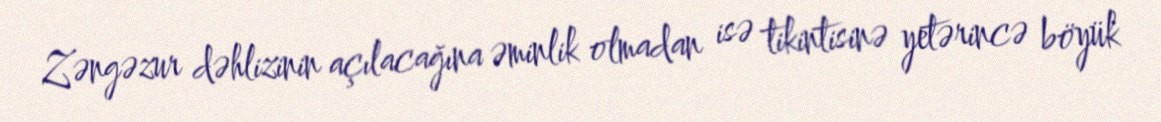
Zəngəzur dəhlizinin açılacağına əminlik olmadan isə tikintisinə yetərincə böyük